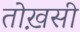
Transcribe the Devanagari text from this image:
तोख़सी